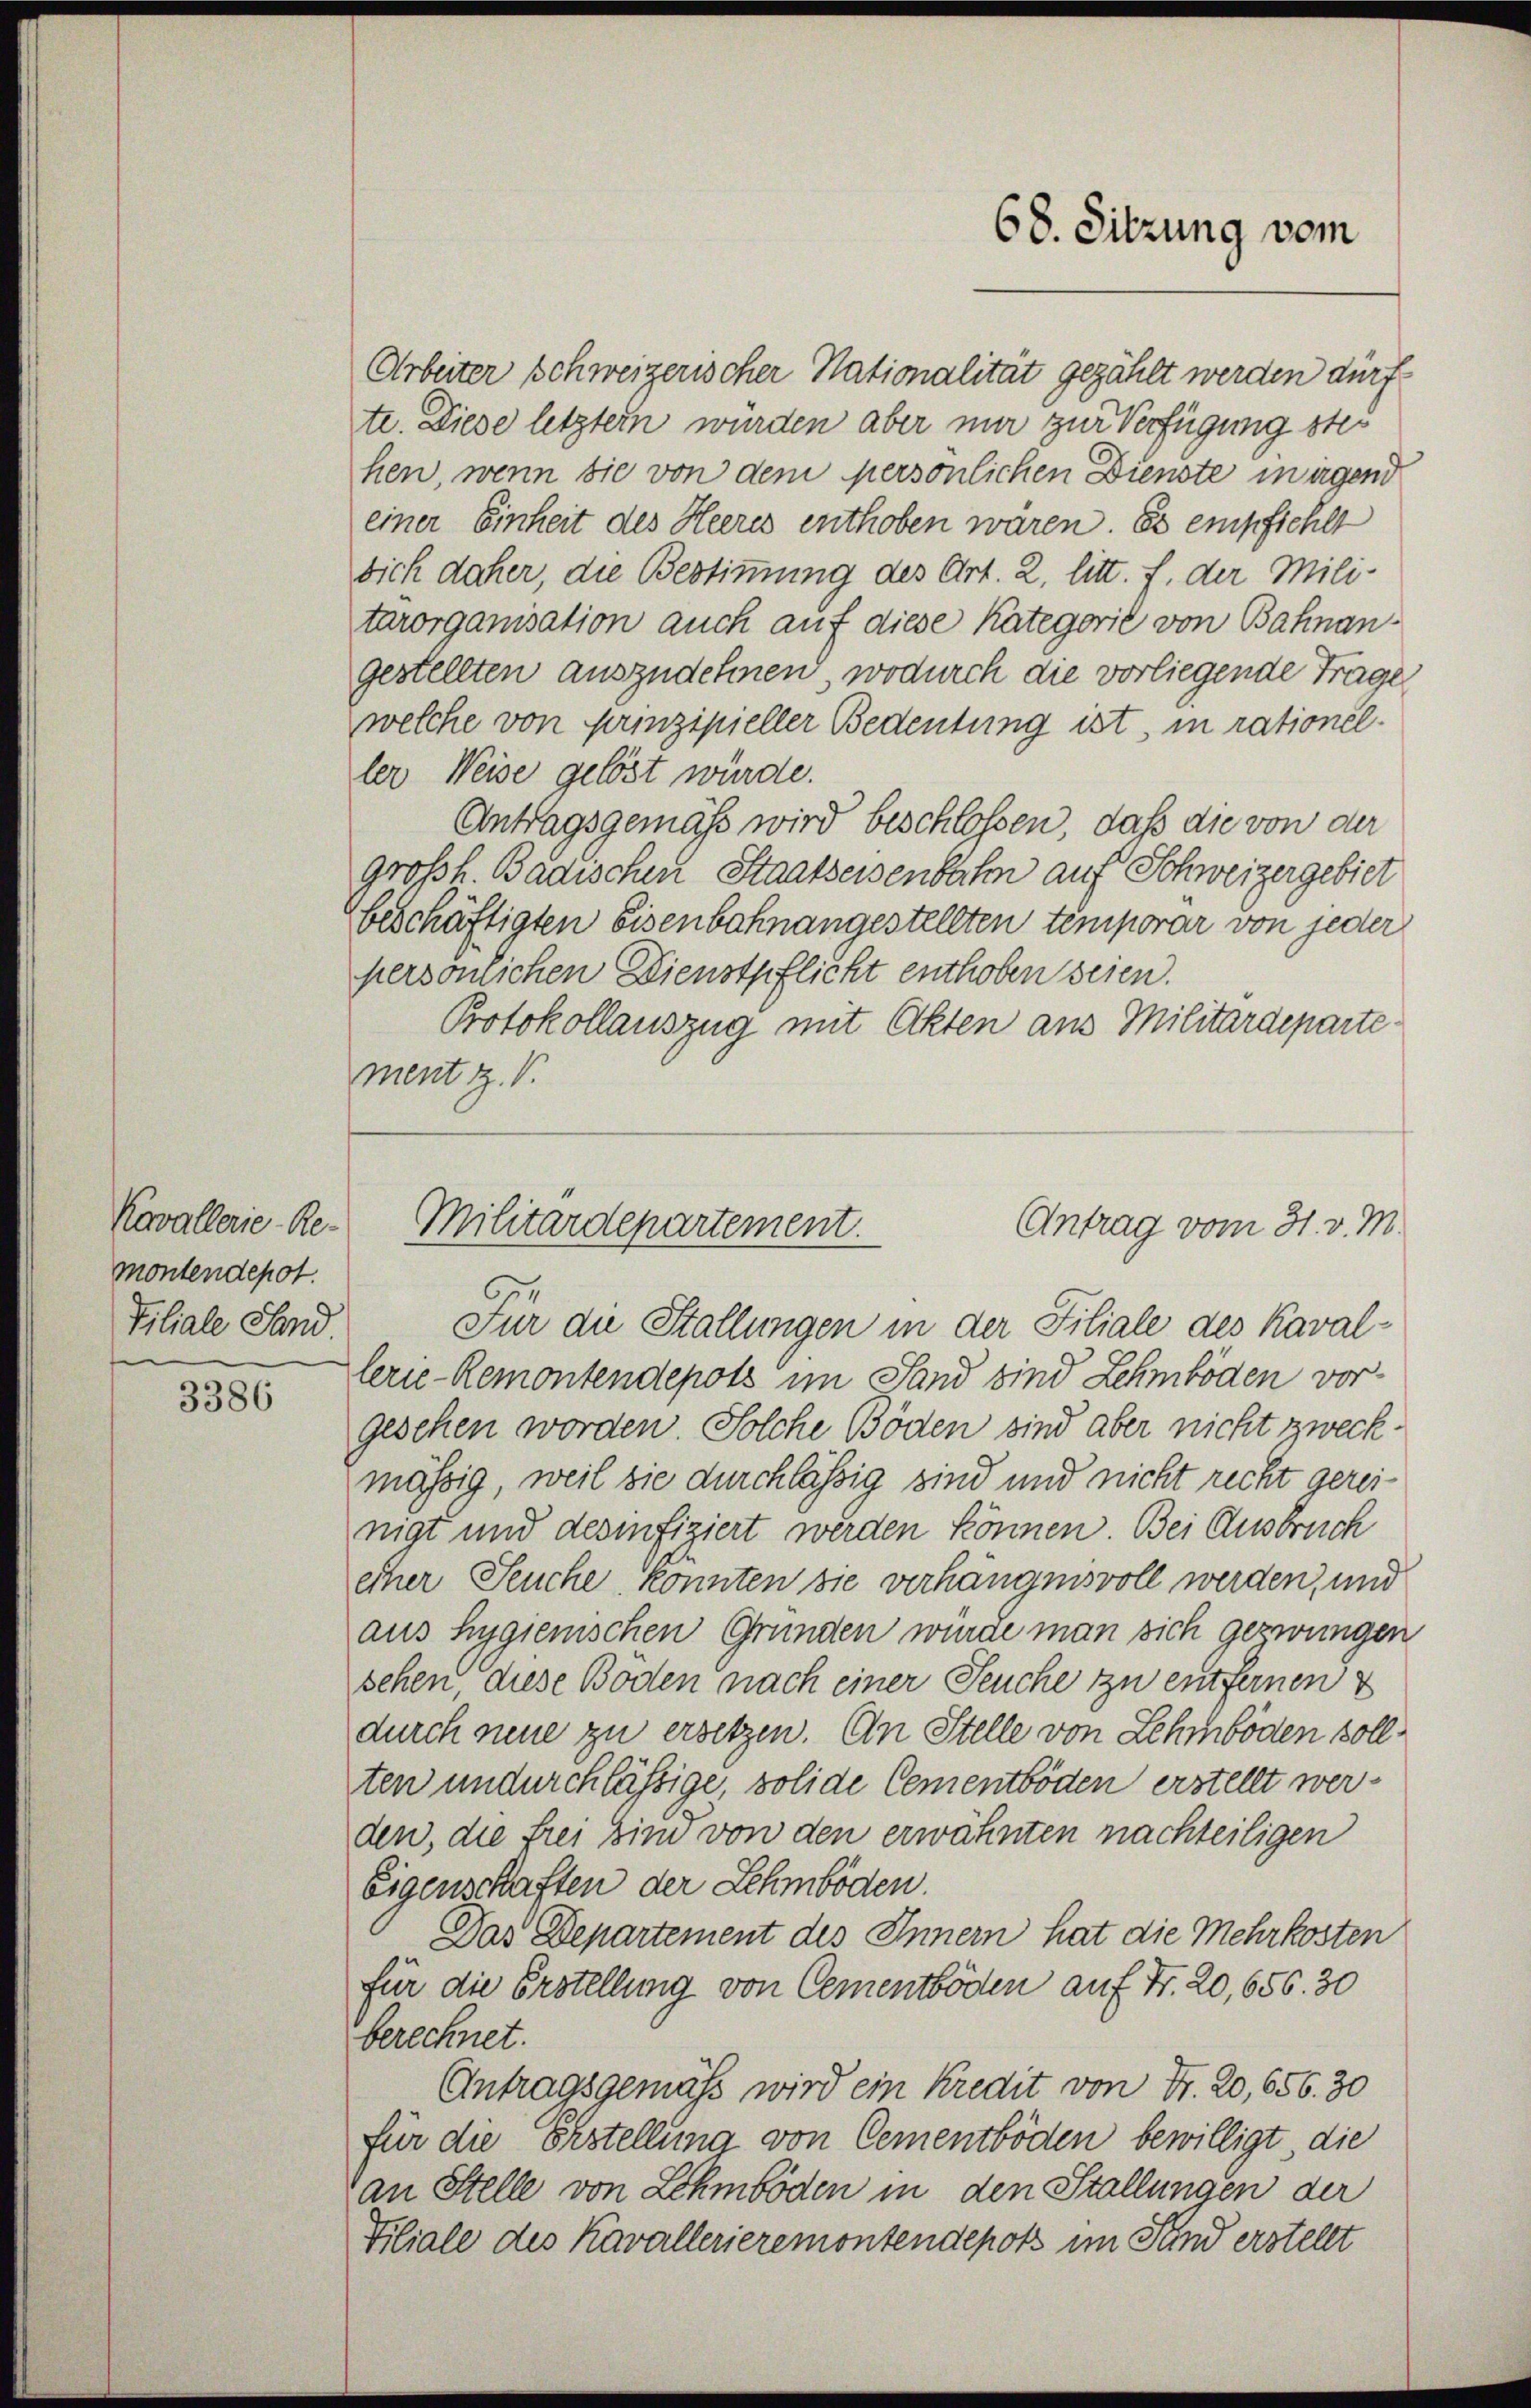
montendepot.
Filiale Sand.

3386

Arbeiter schweizerischer Nationalität gezählt werden dürf
te. Diese letztem würden aber nur zur Verfügung stehen, wenn sie von dem persönlichen Dienste in irgend
einer Einheit des Heeres enthoben waren. Es empfiehlt
sich daher, die Bestimmung des Art. 2, litt. f. der Militarorganisation auch auf diese Kategorie von Bahnangestellten auszudehnen, wodurch die vorliegende Frage
welche von Prinzipieller Bedeutung ist, in rationeller Weise gelöst würde.
Antragsgemäß wird beschlossen, daß die von der
großh. Badischen Staatseisenbahn auf Schweizergebiet
beschäftigten Eisenbahnangestellten temporar von jeder
persönlichen Dienstpflicht enthoben seien.
Protokollauszug mit Akten aus Militärdeparte
ment z. V.

Kavallerie-Re-Militärdepartement.

Für die Stallungen in der Filiale des Kaval-
lerie-Remontendepots im Sand sind Lehmböden vorgesehen worden. Solche Böden sind aber nicht zweckmässig, weil sie durchlässig sind und nicht recht gereinigt und desinfiziert werden können. Bei Ausbruch
ether Seuche, konnten sie verhängnisvoll werden, und
aus Hygienischen Gründen würde man sich gezwungen
sehen diese Boden nach einer Seuche zu entfernen
durch neue zu ersetzen. An Stelle von Lehmböden sollten undurchlässige, solide Cementböden erstellt werden, die frei sind von den erwähnten nachteiligen
Eigenschaften der Lehmböden.
Das Departement des Innern hat die Mehrkosten
für die Erstellung von Cementböden auf Fr. 20, 656. 30
berechnet.
Antragsgemäß wird ein Kredit von Fr. 20, 656. 30
für die Erstellung von Cementböden bewilligt die
an Stelle von Lehmböden in den Stallungen der
Filiale des Kavallerieremontendepots im Sind erstellt

68. Sitzung vom

Antrag vom 31. v. M.